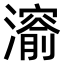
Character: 𤀨